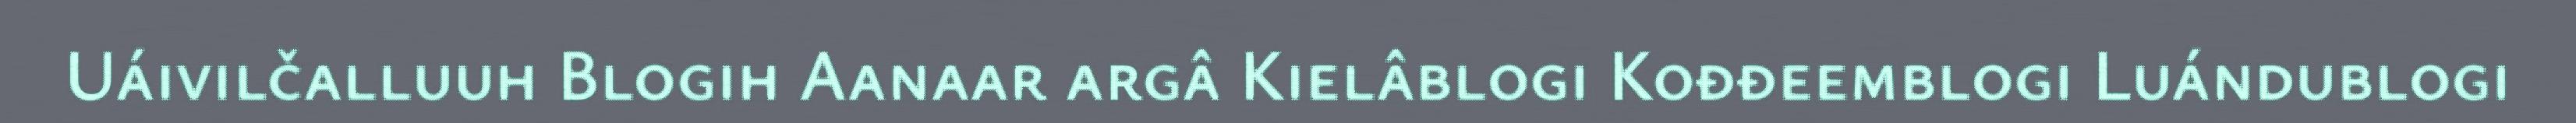
Uáivilčalluuh Blogih Aanaar argâ Kielâblogi Kođđeemblogi Luándublogi